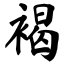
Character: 褐